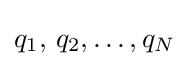
q_{1},\,q_{2},\dots ,q_{N}